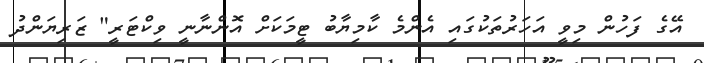
އޭގެ ފަހުން މިވީ އަހަރުތަކުގައި އެންމެ ކާމިޔާބު ޓީމަކަށް އޮންނާނީ ވިކްޓަރީ" ޒަރިޔަންދު